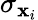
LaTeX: \sigma_{\mathbf{x}_{i}}